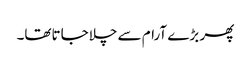
پھر بڑے آرام سے چلاجاتاتھا۔